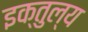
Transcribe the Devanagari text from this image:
इक्तुल्य